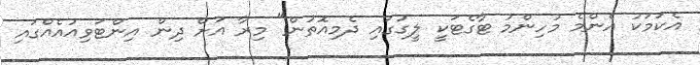
އެކަމަކު އެންމެ މުހިންމު ޓާގެޓަކީ ލީގުގައި ދެމިއޮތުން" މިރާ އަށް ދިން އިންޓަވިއުއެއްގައި